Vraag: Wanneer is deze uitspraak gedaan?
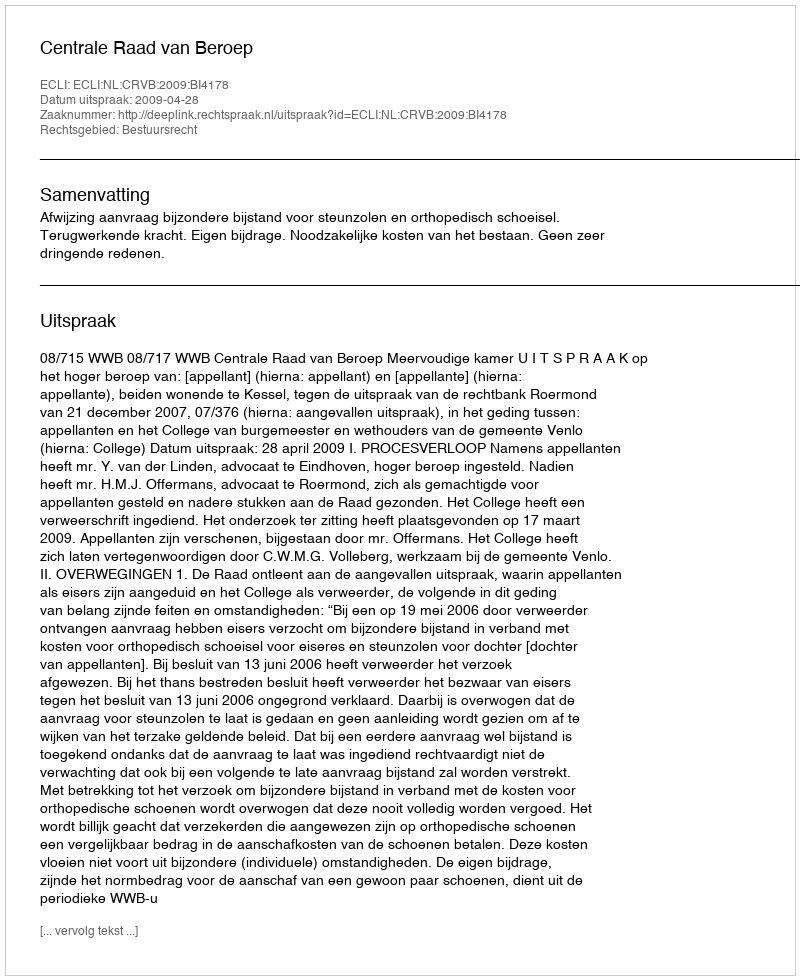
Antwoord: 2009-04-28